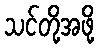
သင်တို့အဖို့